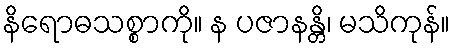
နိရောဓသစ္စာကို။ န ပဇာနန္တိ၊ မသိကုန်။